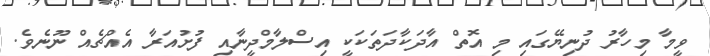
ވީމާ މިހާރު ދުނިޔޭގައި މި އޮތް އާދަކާދަތަކަކީ އިސްލާމްދީނާއި ފުށުއަރާ އެއްޗެއް ނޫނެވެ.